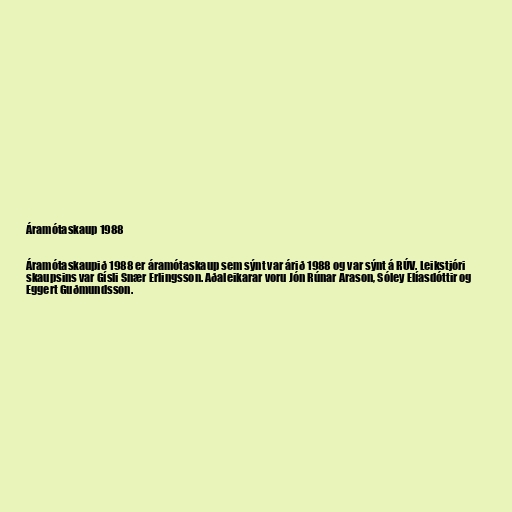
Áramótaskaup 1988

Áramótaskaupið 1988 er áramótaskaup sem sýnt var árið 1988 og var sýnt á RÚV. Leikstjóri
skaupsins var Gísli Snær Erlingsson. Aðaleikarar voru Jón Rúnar Arason, Sóley Elíasdóttir og
Eggert Guðmundsson.